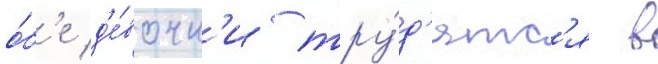
о́б'е д'е́вочк'и тру́д'ятс'я в